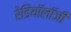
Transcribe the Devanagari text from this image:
रेडियॉलॉजी